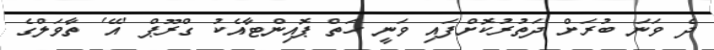
ދެ ވަނަ ބުރަށް ދަތުރުކޮށްފައި ވަނީ ހަތް ޕޮއިންޓާއެކު ގްރޫޕް 'އޭ' ތާވަލްގެ